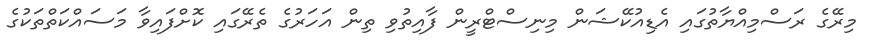
މިރޭގެ ރަސްމިއްޔާތުގައި އެޑިއުކޭޝަން މިނިސްޓްރީން ފާއިތުވި ތިން އަހަރުގެ ތެރޭގައި ކޮށްފައިވާ މަސައްކަތްތަކުގެ